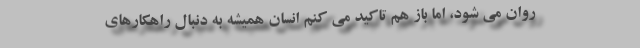
روان می شود، اما باز هم تاکید می کنم انسان همیشه به دنبال راهکارهای